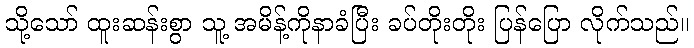
သို့သော် ထူးဆန်းစွာ သူ့ အမိန့်ကိုနာခံပြီး ခပ်တိုးတိုး ပြန်ပြော လိုက်သည်။